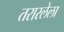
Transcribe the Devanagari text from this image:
तरारलेला